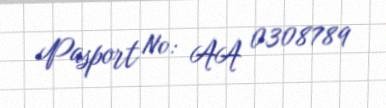
Pasport №: AA 0308789